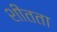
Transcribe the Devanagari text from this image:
शीतता